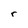
Character: r